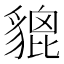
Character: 貔